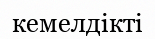
кемелдікті